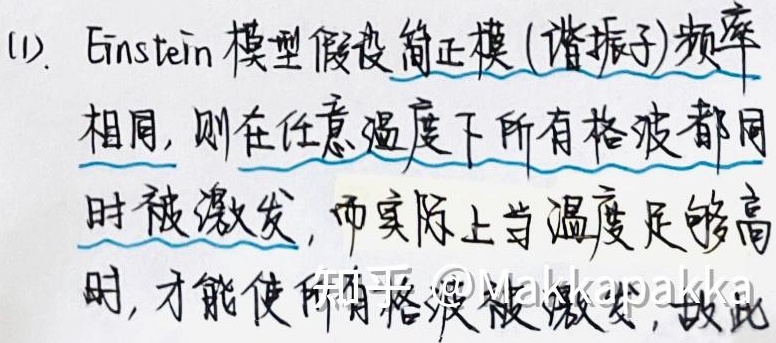
(1). Einstein模型假设简正模（谐振子）频率相同，则在任意温度下所有格波都同时被激发，而实际上当温度足够高时，才能使所有格波被激发，故此